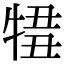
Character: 𤚄